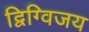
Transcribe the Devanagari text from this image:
द्विग्विजय